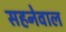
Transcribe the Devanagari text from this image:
सहनेवाल